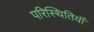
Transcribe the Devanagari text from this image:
परिस्थितियॉं